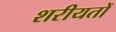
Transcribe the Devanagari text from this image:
शरीयतों